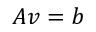
A v = b